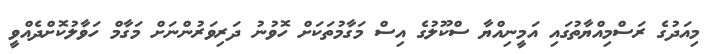
މިއަދުގެ ރަސްމިއްޔާތުގައި އަމީނިއްޔާ ސްކޫލުގެ އިސް މަގާމުތަކަށް ހޮވުނު ދަރިވަރުންނަށް މަގާމް ހަވާލުކޮށްދެއްވީ